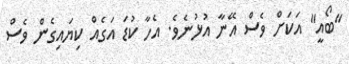
"ބޯއީ" އަކަށް ވެސް އޭނާ އުޅުނެވެ. އެހާ ކުޑަ އަގެއް ކިޔައިގެން ވެސް